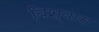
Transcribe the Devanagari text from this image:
वि़श्वास